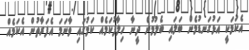
އެކަމަކީ އަޅުގަނޑުމެން ބަލައި ބެލުމުން ދީނާ ހިލާފުކަމެއް ކަމުގައި ވާނަމަ އެފަރާތުން އެކަމެއް